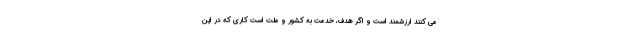
می کنند ارزشمند است و اگر هدف، خدمت به کشور و ملت است کاری که در این